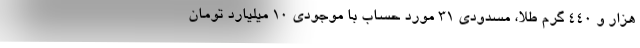
هزار و 440 گرم طلا، مسدودی 31 مورد حساب با موجودی 10 میلیارد تومان